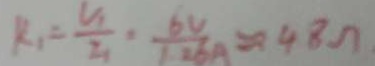
R _ { 1 } = \frac { u _ { 1 } } { z _ { 1 } } = \frac { 6 v } { 1 1 6 A } = 9 4 8 \eta